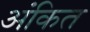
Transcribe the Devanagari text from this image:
अंकित